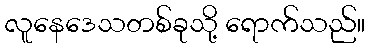
လူနေဒေသတစ်ခုသို့ ရောက်သည်။